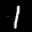
Label: 1